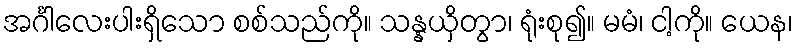
အင်္ဂါလေးပါးရှိသော စစ်သည်ကို။ သန္နယှိတွာ၊ ရုံးစု၍။ မမံ၊ ငါ့ကို။ ယေန၊